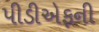
પીડીએફની